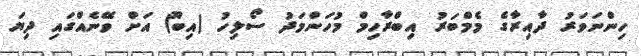
ހިންނަވަރު ދާއިރާގެ މެމްބަރު އިބްރާހިމް މުހަންމަދު ސޯލިހު (އިބޫ) އަށް ވޭނެއްގައި ދިޔަ